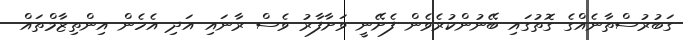
ގަބުރުސްތާނެއްގެ ގޮތުގައި ބޭނުންކުރެވެން ފެށޭނީ ވަށާފާރު ވެސް ރާނައި އަދި އެހެން އިންތިޒާމްތައް